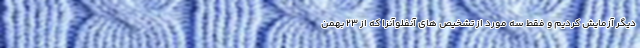
دیگر آزمایش کردیم و فقط سه مورد از تشخیص های آنفلوآنزا که از ۲۳ بهمن